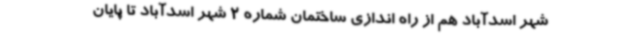
شهر اسدآباد هم از راه اندازی ساختمان شماره 2 شهر اسدآباد تا پایان